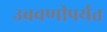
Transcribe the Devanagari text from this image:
उबवणीपर्यंत